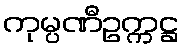
ကုမ္ပဏီဥက္ကဋ္ဌ